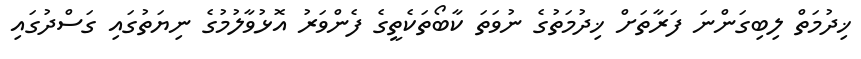
ޚިދުމަތް ލިބިގަންނަ ފަރާތަށް ޚިދުމަތުގެ ނުވަތަ ކާބޯތަކެތީގެ ފެންވަރު އޮޅުވާލުމުގެ ނިޔަތުގައި ގަސްދުގައި